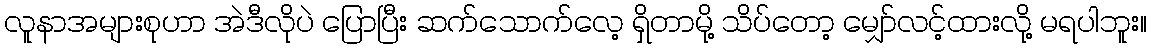
လူနာအများစုဟာ အဲဒီလိုပဲ ပြောပြီး ဆက်သောက်လေ့ ရှိတာမို့ သိပ်တော့ မျှော်လင့်ထားလို့ မရပါဘူး။